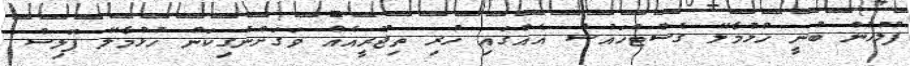
ފުލުހުން ބުނީ ހުޅުމާލޭ ގެސްޓްހައުސް އެއްގައި ހުރި ތިޖޫރީއެއް ވަގަށްނެގިކަން ހުޅުމާލޭ ޕޮލިސް